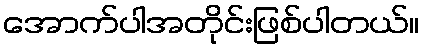
အောက်ပါအတိုင်းဖြစ်ပါတယ်။